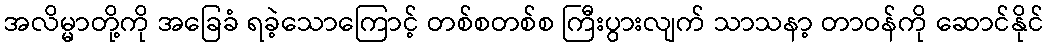
အလိမ္မာတို့ကို အခြေခံ ရခဲ့သောကြောင့် တစ်စတစ်စ ကြီးပွားလျက် သာသနာ့ တာဝန်ကို ဆောင်နိုင်